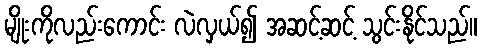
မျိုးကိုလည်းကောင်း လဲလှယ်၍ အဆင့်ဆင့် သွင်းနိုင်သည်။